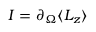
I = \partial _ { \Omega } { \langle L _ { z } \rangle }